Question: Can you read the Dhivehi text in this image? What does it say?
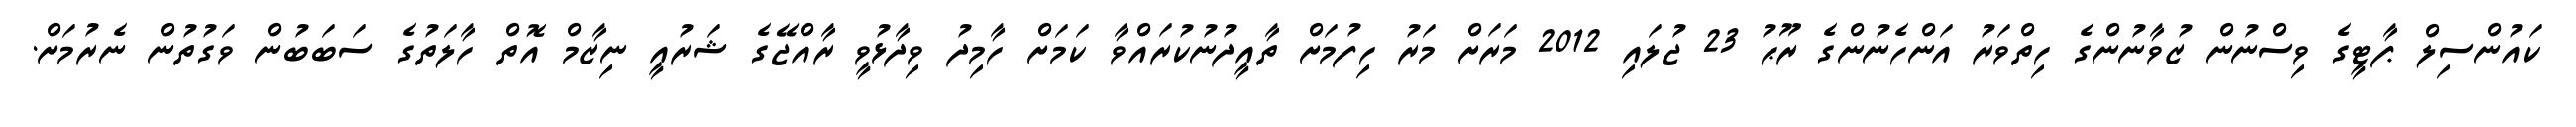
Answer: ކައުންސިލް ޕާޓީގެ ވިސްނުން ޒުވާނުންގެ ހިތްވަރު އަންހެނުންގެ ރޫޙު 23 ޖުލައި 2012 މަރަށް މަރު ހިފުމަށް ތާއީދުނުކުރައްވާ ކަމަށް ހާމިދު ވިދާޅުވީ ރާއްޖޭގެ ޝަރުއީ ނިޒާމް އޮތް ހާލަތުގެ ސަބަބުން ވަގުތުން ނެރުމަށް.